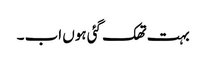
بہت تھک گئی ہوں اب ۔